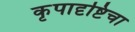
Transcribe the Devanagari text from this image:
कृपादृष्टिचा